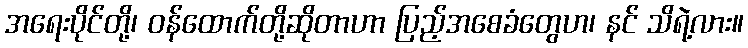
အရေးပိုင်တို့၊ ဝန်ထောက်တို့ဆိုတာဟာ ပြည့်အစေခံတွေဟ၊ နင် သိရဲ့လား။